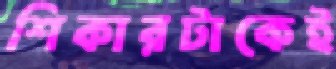
শিকারটাকেই